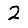
Digit: 2